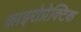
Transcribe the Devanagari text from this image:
काइरोप्रेक्टिक